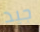
جيد